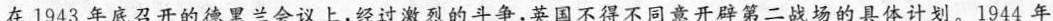
在1943年底召开的德黑兰会议上，经过激烈的斗争，英国不得不同意开辟第二战场的具体计划。1944年